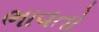
ભાવતો